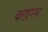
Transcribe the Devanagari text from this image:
क्लाम्स